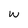
Character: w